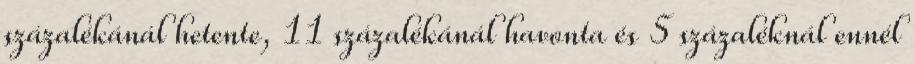
százalékánál hetente, 11 százalékánál havonta és 5 százaléknál ennél